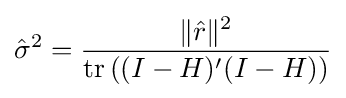
{\hat {\sigma }}^{2}={\frac {\|{\hat {r}}\|^{2}}{\operatorname {tr} \left((I-H)'(I-H)\right)}}